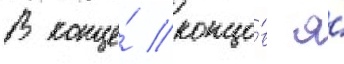
В конце́ концо́в я́